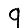
Digit: 9